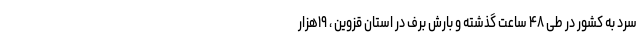
سرد به کشور در طی ۴۸ ساعت گذشته و بارش برف در استان قزوین ، ۱۹هزار